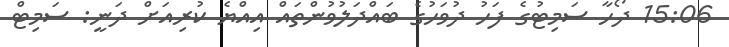
15:06 ދޯހާ ސަމިޓުގެ ފަހު ދުވަހުގެ ބައްދަލުވުންތައް އިއްޔެ ކުރިއަށް ދަނީ: ސަމިޓް